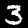
Label: 3